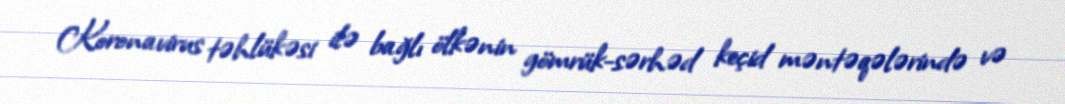
Koronavirus təhlükəsi ilə bağlı ölkənin gömrük-sərhəd keçid məntəqələrində və